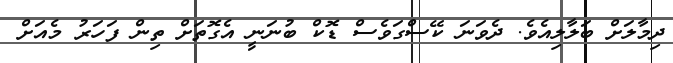
ދިމާލަށް ބަލާލިއެވެ. ދެވަނަ ކޭސްގަވެސް ޑޮކް ބުނަނީ އެގޮތަށް ތިން ފަހަރު މެއަށް